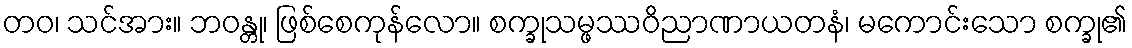
တဝ၊ သင်အား။ ဘဝန္တု၊ ဖြစ်စေကုန်လော။ စက္ခုသမ္ဖဿဝိညာဏာယတနံ၊ မကောင်းသော စက္ခု၏